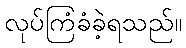
လုပ်ကြံခံခဲ့ရသည်။